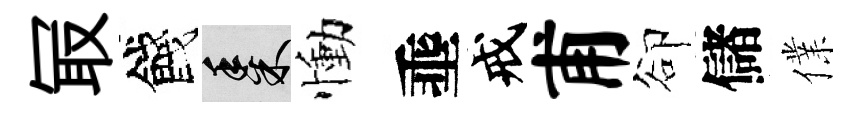
冣餞黍慟埀戒甫卻儲㒒